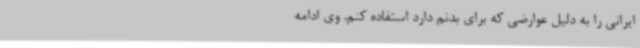
ایرانی را به دلیل عوارضی که برای بدنم دارد استفاده کنم. وی ادامه